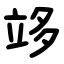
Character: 䇋